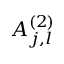
A _ { j , l } ^ { ( 2 ) }